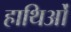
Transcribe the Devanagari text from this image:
हाथिओं